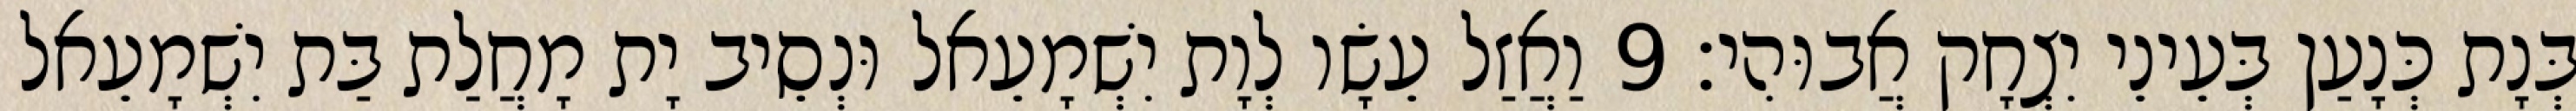
בְּנָת כְּנָעַן בְּעֵינֵי יִצְחָק אֲבוּהִי׃ 9 וַאֲזַל עֵשָׂו לְוָת יִשְׁמָעֵאל וּנְסֵיב יָת מָחֲלַת בַּת יִשְׁמָעֵאל